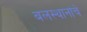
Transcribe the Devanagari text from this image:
बलस्थानांचे